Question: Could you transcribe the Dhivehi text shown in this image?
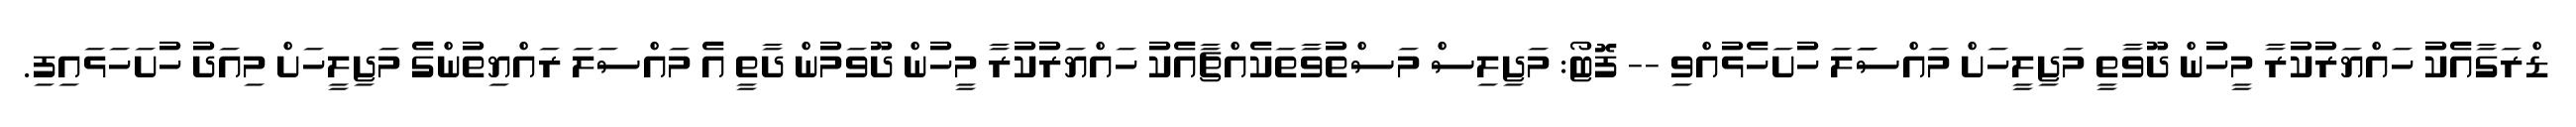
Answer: ޑްރަގާއެކު ހައްޔަރުކުރާ މީހުން ދޫވާތީ މަޖިލީހަށް މައްސަަލަ ހުށަހެޅުއްވި -- ފޮޓޯ: މަޖިލިސް މަސްތުވާތަކެއްޗާއެކު ހައްޔަރުކުރާ މީހުން ދޫވަމުން ދާތީ އެ މައްސަލަ ރައްޔިތުންގެ މަޖިލީހަށް މިއަދު ހުށަހަޅައިފި.